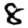
Digit: 8